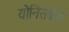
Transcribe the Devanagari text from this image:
योनिसंबंध